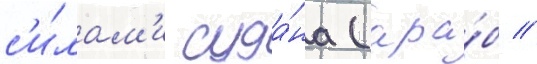
с'и́лам'и суда́на (ара́б //